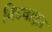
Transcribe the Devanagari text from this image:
बिटवाइज़